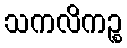
သကလိကဉ္စ